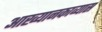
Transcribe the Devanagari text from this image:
आख्यानकाव्यास